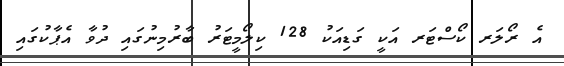
އެ ރޯލަރ ކޯސްޓަރ އަކީ ގަޑިއަކު 128 ކިލޯމީޓަރު ބާރުމިނުގައި ދުވާ އެޕާކުގައި